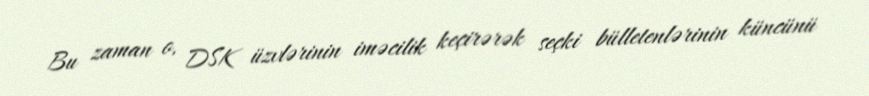
Bu zaman o, DSK üzvlərinin iməcilik keçirərək seçki bülletenlərinin küncünü